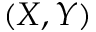
( X , Y )